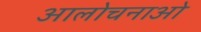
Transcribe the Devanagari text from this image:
आलोचनाओ